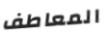
المعاطف